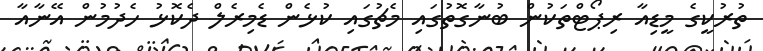
ތުރުކީގެ މީޑިއާ ރިޕޯޓްތަކުން ބުނާގޮތުގައި މެޗުގައި ކުޅެން ޑެމިރެލް ދެކޮޅު ހެދުމުން އޭނާއާ